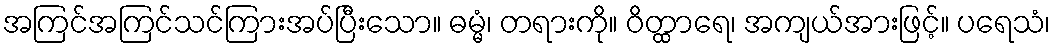
အကြင်အကြင်သင်ကြားအပ်ပြီးသော။ ဓမ္မံ၊ တရားကို။ ဝိတ္ထာရေ၊ အကျယ်အားဖြင့်။ ပရေသံ၊